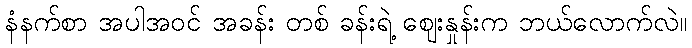
နံနက်စာ အပါအဝင် အခန်း တစ် ခန်းရဲ့ ဈေးနှုန်းက ဘယ်လောက်လဲ။